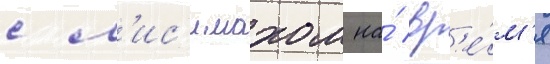
с л'ис'имахом на́ вр'е́м'я